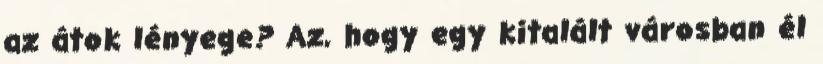
az átok lényege? Az, hogy egy kitalált városban él